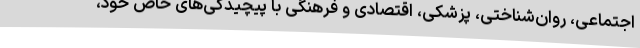
اجتماعی، روان‌شناختی، پزشکی، اقتصادی و فرهنگی با پیچیدگی‌های خاص خود،